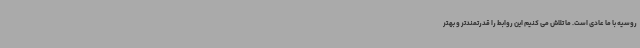
روسیه با ما عادی است. ما تلاش می کنیم این روابط را قدرتمندتر و بهتر